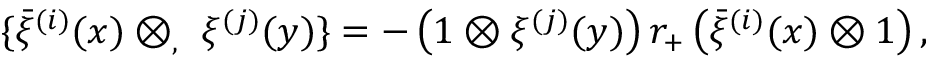
\{ \bar { \xi } ^ { ( i ) } ( x ) \otimes _ { , } \ \xi ^ { ( j ) } ( y ) \} = - \left( 1 \otimes \xi ^ { ( j ) } ( y ) \right) r _ { + } \left( \bar { \xi } ^ { ( i ) } ( x ) \otimes 1 \right) ,